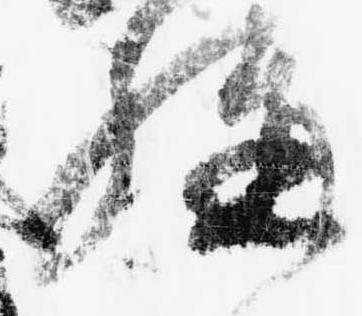
構